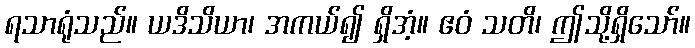
ရသာရုံသည်။ ယဒိသိယာ၊ အကယ်၍ ရှိအံ့။ ဧဝံ သတိ၊ ဤသို့ရှိသော်။